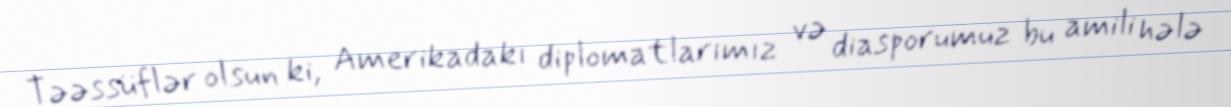
Təəssüflər olsun ki, Amerikadakı diplomatlarımız və diasporumuz bu amili hələ